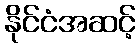
နိုင်ငံအဆင့်